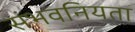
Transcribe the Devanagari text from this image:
संभवनियता